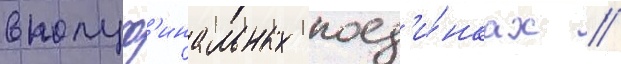
в полуф'инальных поед'и́нках /